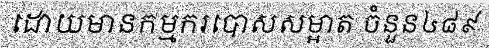
ដោយមានកម្មករបោសសម្អាត ចំនួន៤៨៩